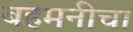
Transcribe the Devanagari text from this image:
बहमनीचा